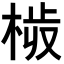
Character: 𣒉